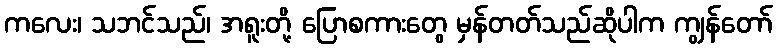
ကလေး၊ သဘင်သည်၊ အရူးတို့ ပြောစကားတွေ မှန်တတ်သည်ဆိုပါက ကျွန်တော်